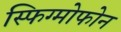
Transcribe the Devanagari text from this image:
स्फिग्मोफोन